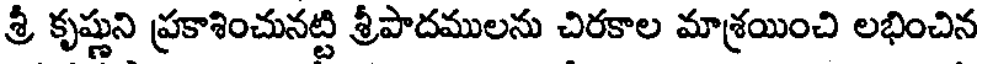
శ్రీ కృష్ణుని ప్రకాశించునట్టి శ్రీపాదములను చిరకాల మాశ్రయించి లభించిన